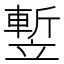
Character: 𥪭